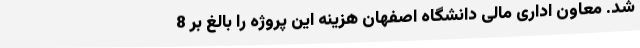
شد. معاون اداری مالی دانشگاه اصفهان هزینه این پروژه را بالغ بر 8